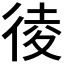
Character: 𢔁